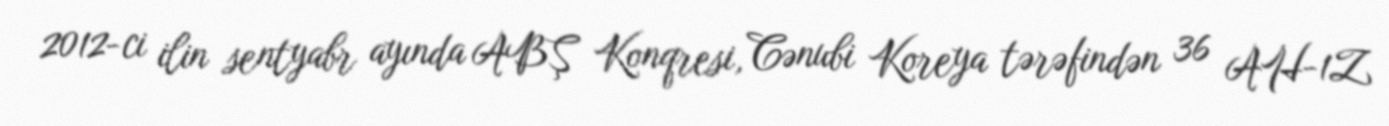
2012-ci ilin sentyabr ayında ABŞ Konqresi, Cənubi Koreya tərəfindən 36 AH-1Z